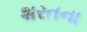
શરતના